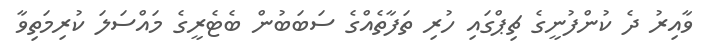
ވާއިރު ދެ ކުންފުނީގެ ޗިޕްގައި ހުރި ތަފާތެއްގެ ސަބަބުން ބެޓެރީގެ މައްސަލަ ކުރިމަތިވާ